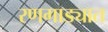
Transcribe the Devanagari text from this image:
रणगाड्यात